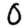
Digit: 0